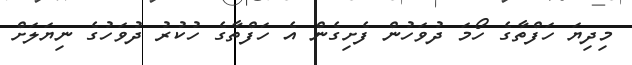
މިދިޔަ ހަފްތާގެ ހޯމަ ދުވަހުން ފެށިގެން އެ ހަފްތާގެ ހުކުރު ދުވަހުގެ ނިޔަލަށް